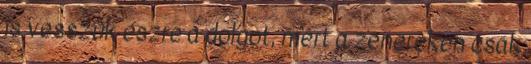
is vesszük észre a dolgot, mert a zenereken csak